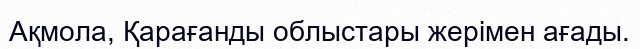
Ақмола, Қарағанды облыстары жерімен ағады.